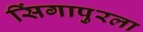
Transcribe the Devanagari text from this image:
सिंगापुरला